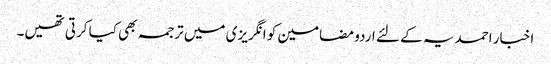
اخبار احمدیہ کے لئے اردو مضامین کو انگریزی میں ترجمہ بھی کیا کرتی تھیں۔